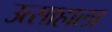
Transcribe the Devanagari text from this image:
उत्साहाला